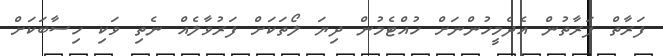
ފަރާތް ފަރާތުން އެދެމީހުންނަށް ހުއްޓެމުން ދިޔަ ލޯތަކަށް ފަރުވާލެއް ނެތި ވަކި ހިސާބަކަށް